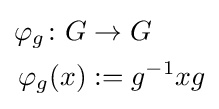
{\begin{aligned}\varphi _{g}\colon G&\to G\\\varphi _{g}(x)&:=g^{-1}xg\end{aligned}}